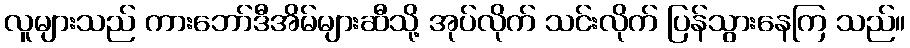
လူများသည် ကားဘော်ဒီအိမ်များဆီသို့ အုပ်လိုက် သင်းလိုက် ပြန်သွားနေကြ သည်။